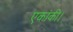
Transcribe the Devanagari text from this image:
एकांकी।